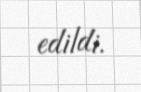
edildi.